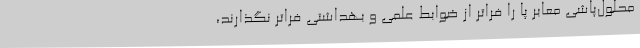
محلول‌پاشی معابر پا را فراتر از ضوابط علمی و بهداشتی فراتر نگذارند،